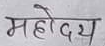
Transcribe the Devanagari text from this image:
महोदय